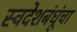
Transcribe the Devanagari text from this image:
स्वदेशबंधूंचा